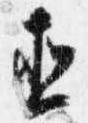
直